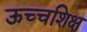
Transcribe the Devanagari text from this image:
ऊच्चशिक्ष